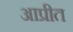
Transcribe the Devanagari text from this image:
आप्रीत